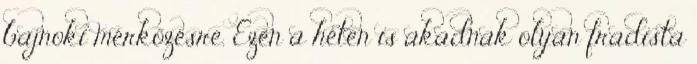
bajnoki mérkőzésre. Ezen a héten is akadnak olyan fradista